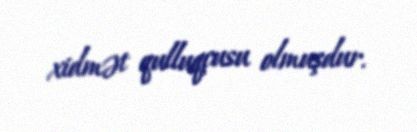
xidmət qulluqçusu olmuşdur.